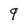
Character: 9